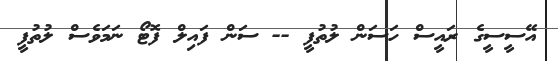
އޭސީސީގެ ރައީސް ހަސަން ލުތުފީ -- ސަން ފައިލް ފޮޓޯ ނަމަވެސް ލުތުފީ